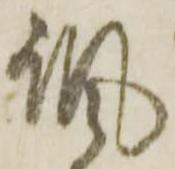
諷